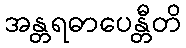
အန္တရဓာပေန္တီတိ